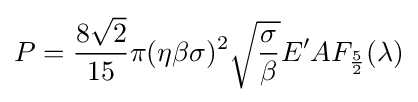
P={\frac {8{\sqrt {2}}}{15}}\pi (\eta \beta \sigma )^{2}{\sqrt {\frac {\sigma }{\beta }}}E'AF_{\frac {5}{2}}(\lambda )